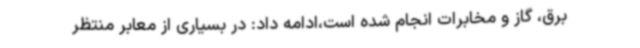
برق، گاز و مخابرات انجام شده است،ادامه داد: در بسیاری از معابر منتظر